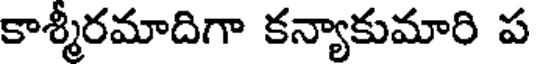
కాశ్మీరమాదిగా కన్యాకుమారి ప